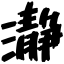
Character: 瀞